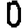
Digit: 0